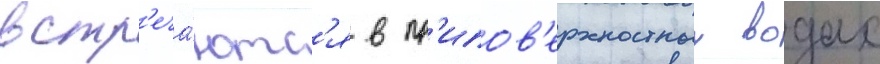
встр'еча́ютс'я в пр'ипов'ерхностных водах